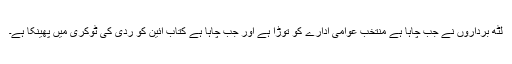
لٹھ برداروں نے جب چاہا ہے منتخب عوامی ادارے کو توڑا ہے اور جب چاہا ہے کتاب آئین کو ردی کی ٹوکری میں پھینکا ہے۔